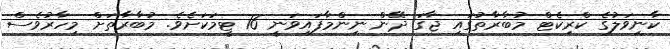
ކާނިވަލުގެ ކްރިކެޓް މުބާރާތުގައި ޖާގަ ދޭން ނިންމާފައިވަނީ 16 ޓީމަކަށެވެ. މުބާރާތަށް މިހާރުވެސް